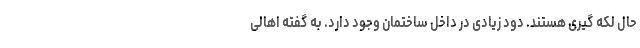
حال لکه گیری هستند. دود زیادی در داخل ساختمان وجود دارد. به گفته اهالی